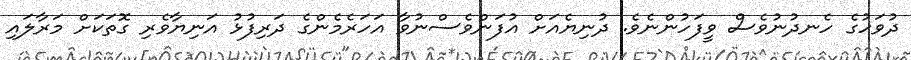
ދުވަހުގެ ހެނދުނުވެސް ވީފަހުންނެވެ. ދުނިޔެއަށް އުފަންވެސްނުވާ އަހަރެމެންގެ ދަރިފުޅު އަނިޔާވެރި ގޮތަކަށް މަރާލައި